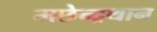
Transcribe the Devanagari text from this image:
मछेन्‍द्रथान